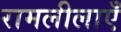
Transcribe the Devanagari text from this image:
रामलीलाएँ